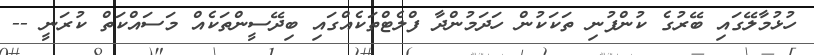
ހުޅުމާލޭގައި ބޭރުގެ ކުންފުނި ތަކަކުން ހަދަމުންދާ ފްލެޓްތަކެއްގައި ބިދޭސީންތަކެއް މަސައްކަތް ކުރަނީ --